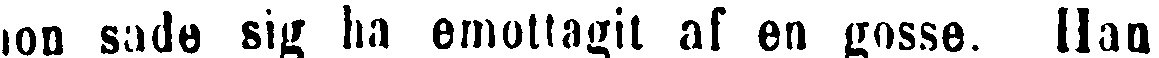
hon sade sig ha emottagit af en gosse. Han